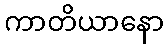
ကာတိယာနော